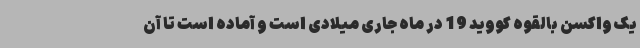
یک واکسن بالقوه کووید 19 در ماه جاری میلادی است و آماده است تا آن